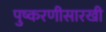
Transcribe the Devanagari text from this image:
पुष्करणीसारखी